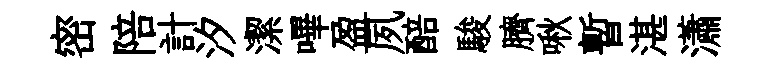
密陪計汐潔嗶盈夙醅駿臍啾暫湛瀟